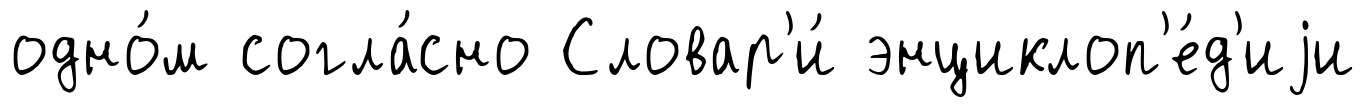
одно́м согла́сно Словар'и́ энциклоп'е́д'иjи